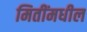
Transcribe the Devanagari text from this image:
मितींमधील